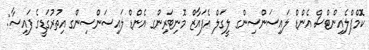
ކޮމްޕްލެއިންޓްސް އެންޑް ލައިސަންސިންގ ލީގަލް އެފައާޒް މޮނިޓަރިންގ އެންޑް ލައިސަންސިންގ އިތުރުގަޑީގެ ފައިސާ: